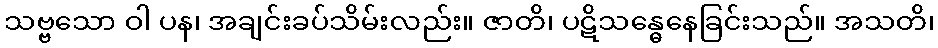
သဗ္ဗသော ဝါ ပန၊ အချင်းခပ်သိမ်းလည်း။ ဇာတိ၊ ပဋိသန္ဓေနေခြင်းသည်။ အသတိ၊